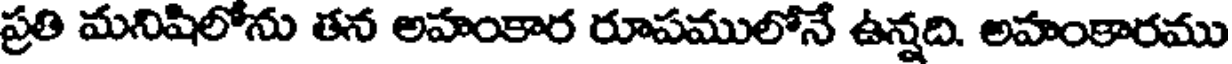
ప్రతి మనిషిలోను తన అహంకార రూపములోనే ఉన్నది. అహంకారము